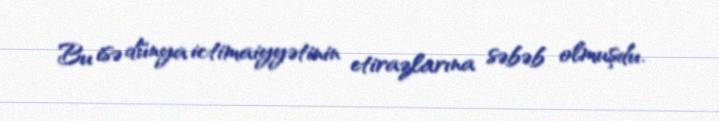
Bu isə dünya ictimaiyyətinin etirazlarına səbəb olmuşdu.